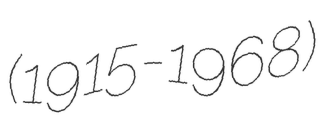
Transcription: (1915-1968)